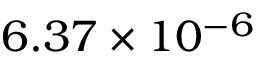
6 . 3 7 \times 1 0 ^ { - 6 }